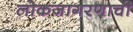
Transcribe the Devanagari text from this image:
लोकजागरणाची